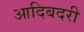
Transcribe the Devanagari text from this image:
आदिबदरी